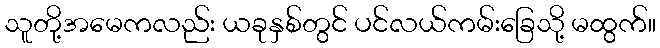
သူတို့အမေကလည်း ယခုနှစ်တွင် ပင်လယ်ကမ်းခြေသို့ မထွက်။